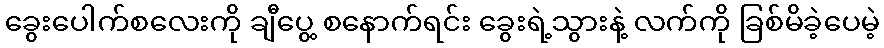
ခွေးပေါက်စလေးကို ချီပွေ့ စနောက်ရင်း ခွေးရဲ့သွားနဲ့ လက်ကို ခြစ်မိခဲ့ပေမဲ့